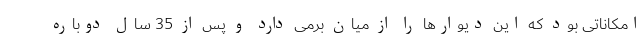
امکاناتی بود که این دیوارها را از میان برمی دارد و پس از 35 سال دوباره